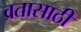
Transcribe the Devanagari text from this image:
व्रतासाठी